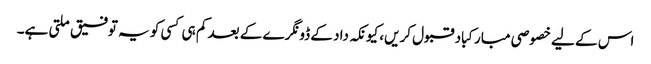
اس کے لیے خصوصی مبارکباد قبول کریں، کیونکہ داد کے ڈونگرے کے بعد کم ہی کسی کو یہ توفیق ملتی ہے۔